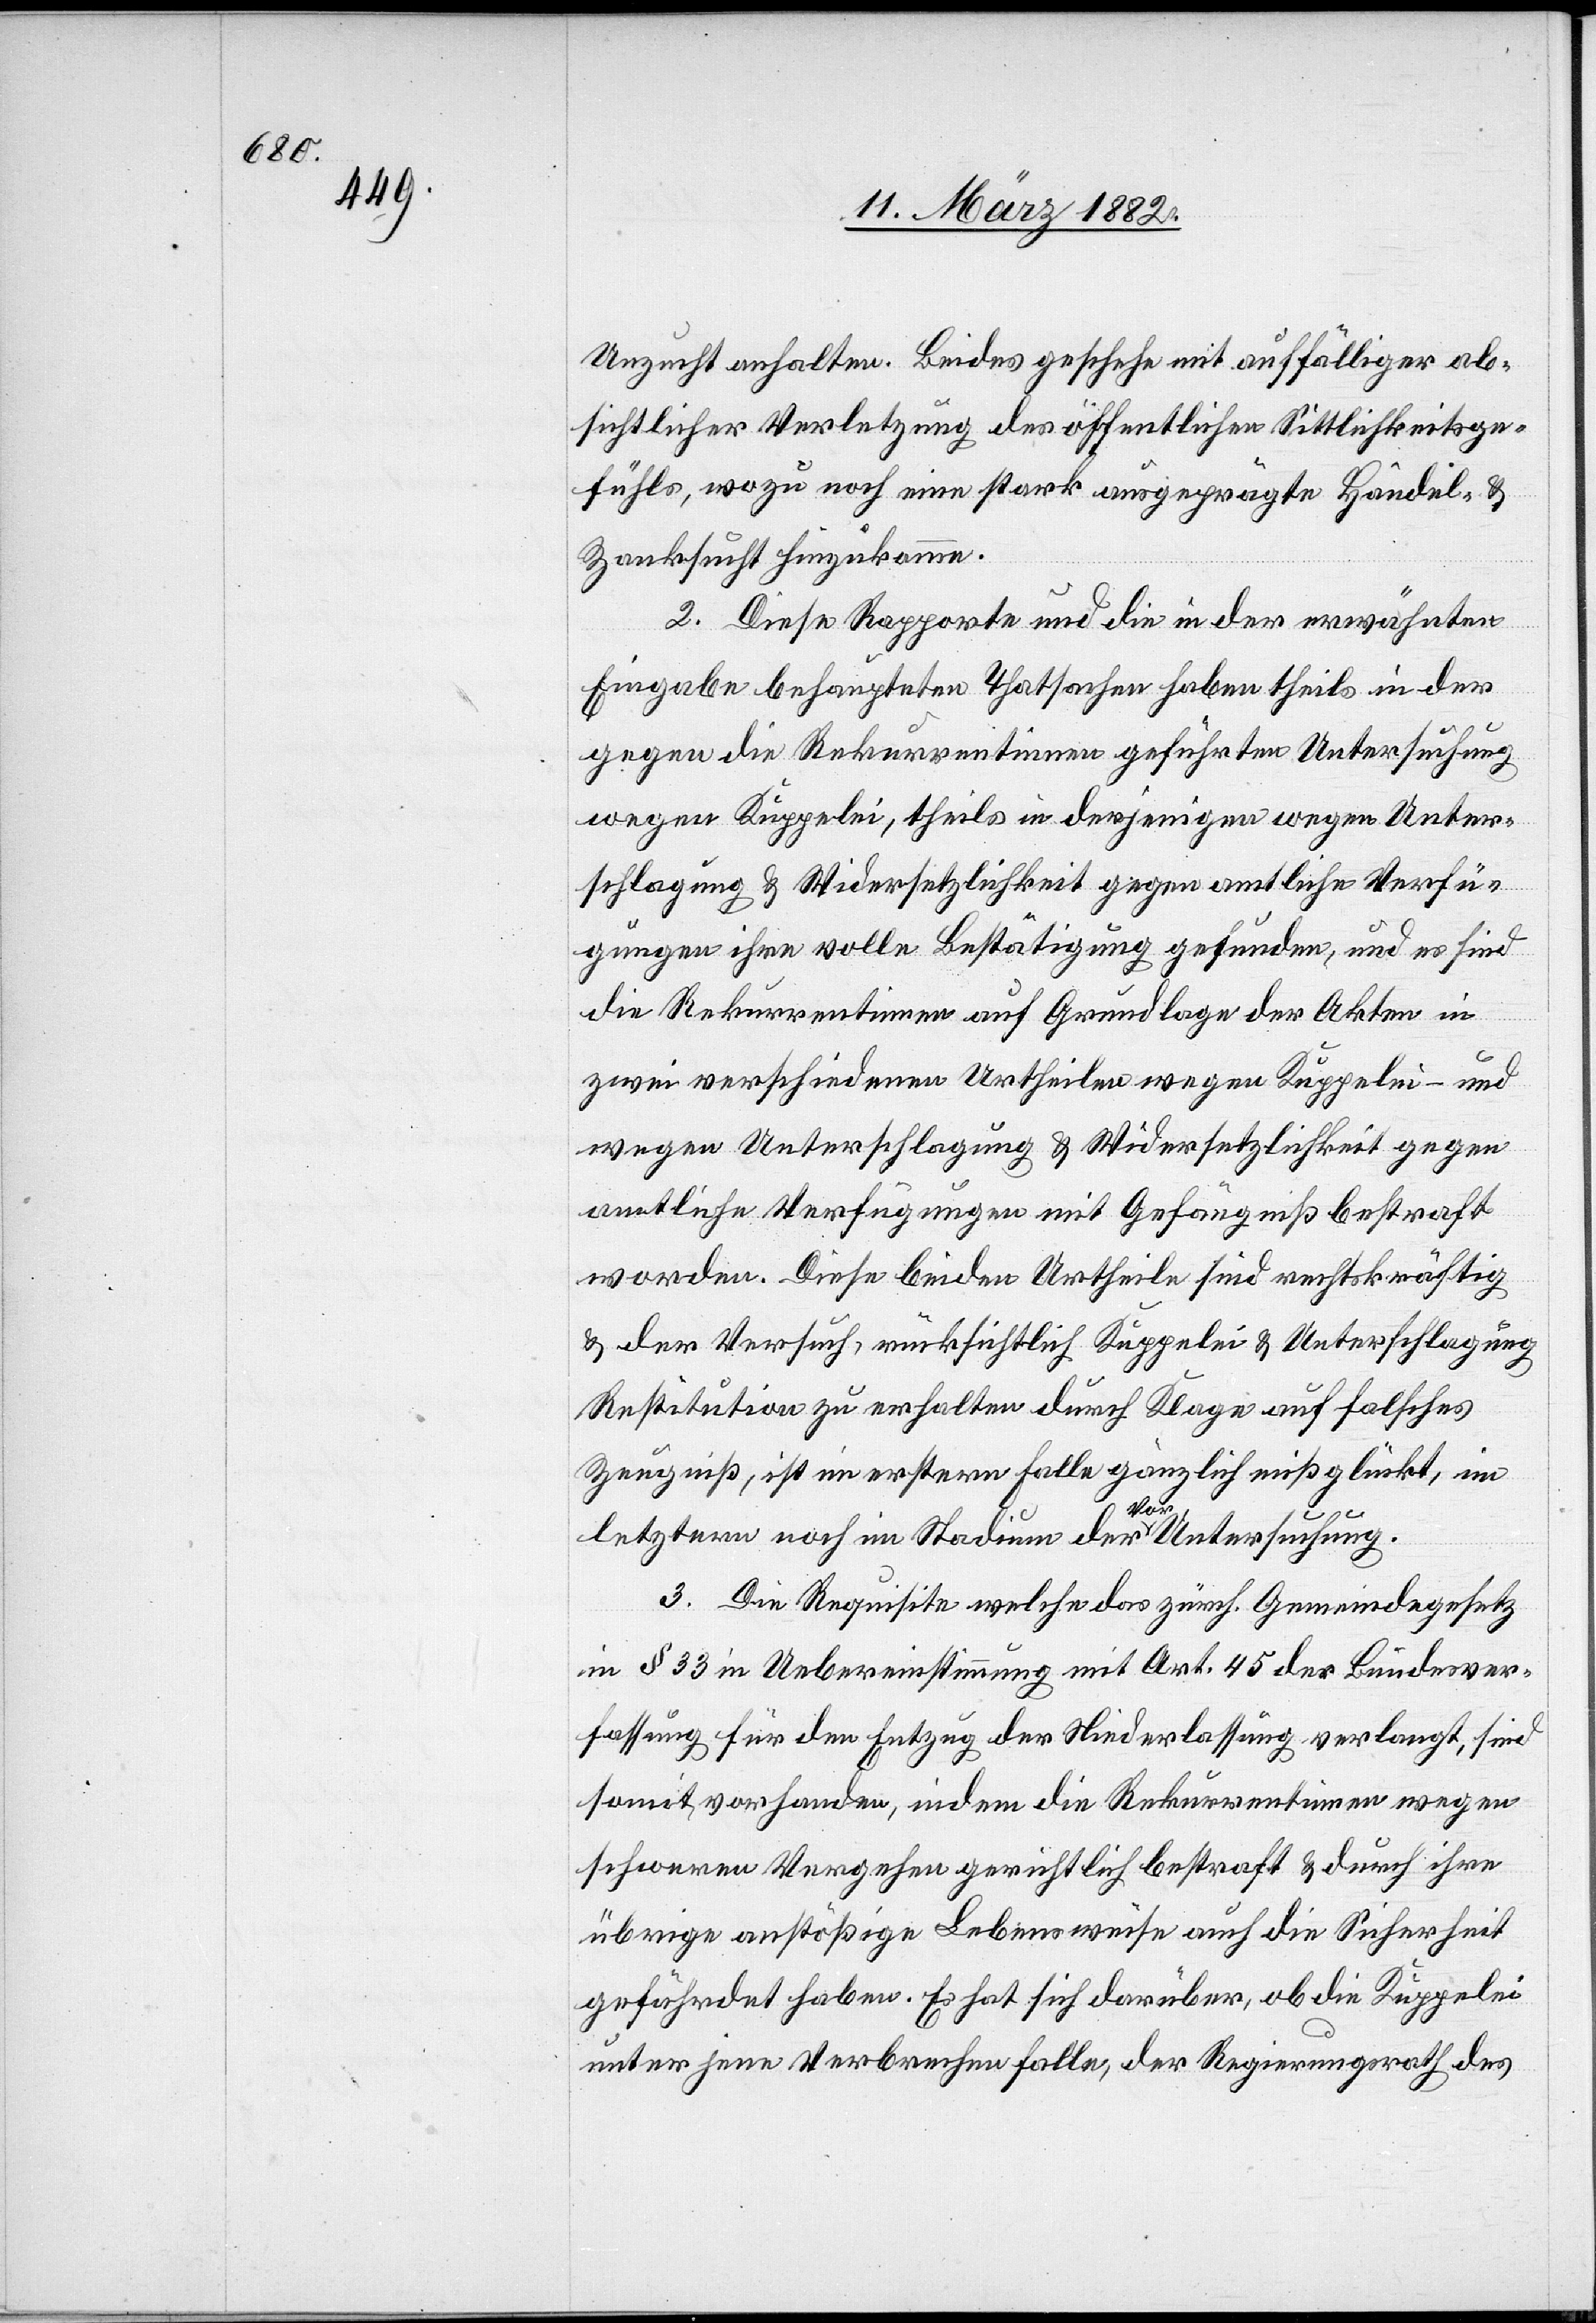
Unzucht anhalten. Beides geschehe mit auffälliger ab¬
sichtlicher Verletzung des öffentlichen Sittlichkeitsge¬
fühls, wozu noch eine starke ausgeprägte Handels- &
Zanksucht hinzukomme.
2. Diese Rapporte und die in der erwähnten
Eingabe behaupteten Thatsachen haben theils in der
gegen die Rekurrentinnen geführten Untersuchung
wegen Kuppelei, theils in derjenigen wegen Unter¬
schlagung & Widersetzlichkeit gegen amtliche Verfü¬
gungen ihre volle Bestätigung gefunden, und es sind
die Rekurrentinnen auf Grundlage der Akten in
zwei verschiedenen Urtheilen wegen Kuppelei – und
wegen Unterschlagung & Widersetzlichkeit gegen
amtliche Verfügungen mit Gefängniß bestraft
worden. Diese Beiden Urtheile sind rechtskräftig
& der Versuch, rücksichtlich Kuppelei & Unterschlagung
Restitution zu erhalten durch Klage auf falsches
Zeugniß, ist im ersteren Falle gänzlich mißglückt, im
letzteren noch im Stadium der a-Vor-a Untersuchung.
3. Die Requisite welche das zürch. Gemeindegesetz
in § 33 in Uebereinstimmung mit Art. 45 der Bundesver¬
fassung für den Entzug der Niederlassung verlangt, sind
somit vorhanden, indem die Rekurrentinnen wegen
schweren Vergehen gerichtlich bestraft & durch ihre
übrige anstößige Lebensweise auch die Sicherheit
gefährdet haben. Es hat sich darüber, ob die Kuppelei
unter jene Verbrechen falle, der Regierungsrath des